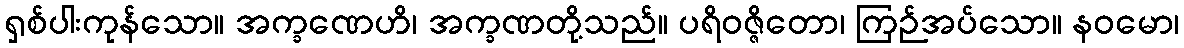
ရှစ်ပါးကုန်သော။ အက္ခဏေဟိ၊ အက္ခဏတို့သည်။ ပရိဝဇ္ဇိတော၊ ကြဉ်အပ်သော။ နဝမော၊